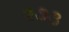
૨૭૩